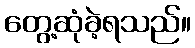
တွေ့ဆုံခဲ့ရသည်။